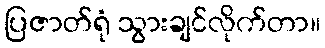
ပြဇာတ်ရုံ သွားချင်လိုက်တာ။